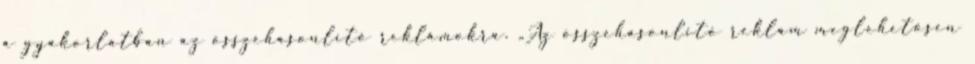
a gyakorlatban az összehasonlító reklámokra. „Az összehasonlító reklám meglehetősen